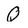
Character: Q